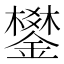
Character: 鐢